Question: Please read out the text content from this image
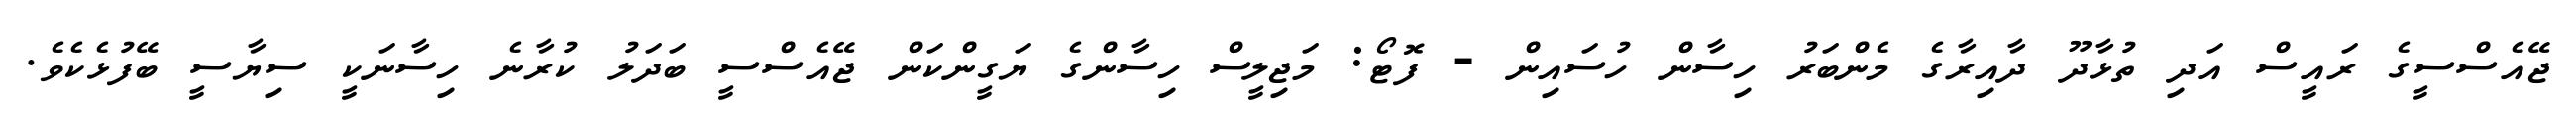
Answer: ޖޭއެސްސީގެ ރައީސް އަދި ތުޅާދޫ ދާއިރާގެ މެންބަރު ހިސާން ހުސައިން - ފޮޓޯ: މަޖިލީސް ހިސާންގެ ޔަގީންކަން ޖޭއެސްސީ ބަދަލު ކުރާނެ ހިސާނަކީ ސިޔާސީ ބޭފުޅެކެވެ.